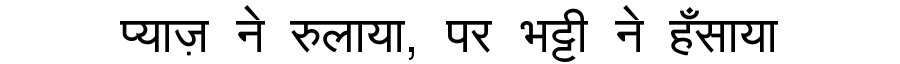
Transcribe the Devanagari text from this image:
प्याज़ ने रुलाया, पर भट्टी ने हँसाया